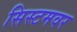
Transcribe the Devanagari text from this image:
सिस्टमवर